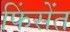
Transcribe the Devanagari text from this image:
फिंसेंत